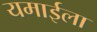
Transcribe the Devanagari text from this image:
यमाईला